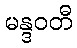
မန္ဒဝတီ